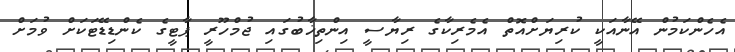
އެހެންކަމުން އޭނާއަކީ ކުރިޔަށްއޮތް އެމެރިކާގެ ރިޔާސީ އިންތިޚާބުގައި ޖުމްހޫރީ ޕާޓީގެ ކެންޑިޑޭޓަކަށް ވުމަށް